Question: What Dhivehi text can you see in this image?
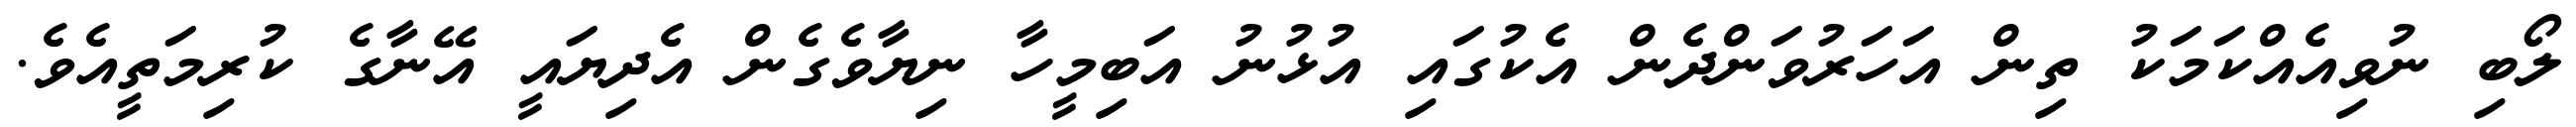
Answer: ލޯބި ނުވިއެއްކަމަކު ތިން އަހަރުވަންދެން އެކުގައި އުޅުނު އަބިމީހާ ނިޔާވެގެން އެދިޔައީ އޭނާގެ ކުރިމަތީއެވެ.